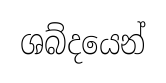
ශබ්දයෙන්